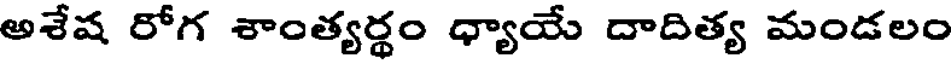
అశేష రోగ శాంత్యర్థం ధ్యాయే దాదిత్య మండలం